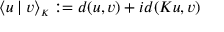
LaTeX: \langle u \mathbin | v \rangle _ { \scriptscriptstyle K } : = d ( u , v ) + i d ( K u , v )